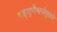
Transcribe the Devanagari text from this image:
षड्गुणैश्वर्ययुक्तो